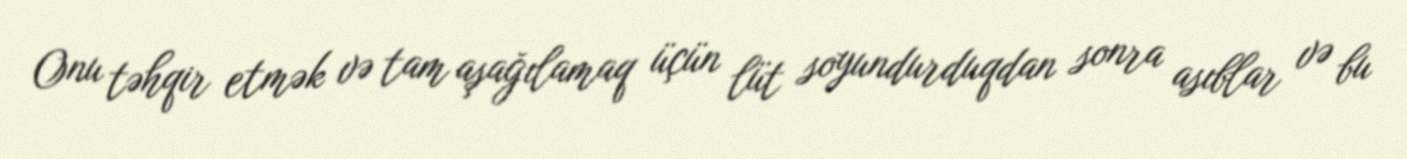
Onu təhqir etmək və tam aşağılamaq üçün lüt soyundurduqdan sonra asıblar və bu